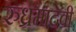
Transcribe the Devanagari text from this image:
रुध्रमादेवी